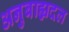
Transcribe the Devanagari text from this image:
अनुबाह्यदल